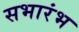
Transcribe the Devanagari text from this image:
सभारंभ